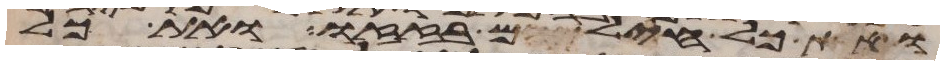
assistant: ואת כל חילם בזזו ואת כל